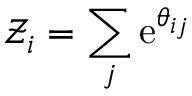
\mathcal { Z } _ { i } = \sum _ { j } \mathrm { e } ^ { \theta _ { i j } }